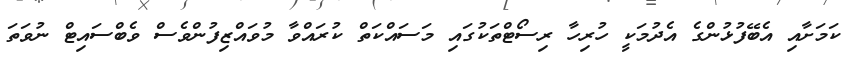
ކަމަށާއި އެބޭފުޅުންގެ އެދުމަކީ ހުރިހާ ރިސޯޓްތަކުގައި މަސައްކަތް ކުރައްވާ މުވައްޒިފުންވެސް ވެބްސައިޓް ނުވަތަ